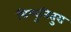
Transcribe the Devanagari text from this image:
त्रिप्पुनितुरा